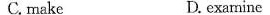
C.make D.exarnine